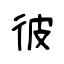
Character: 彼